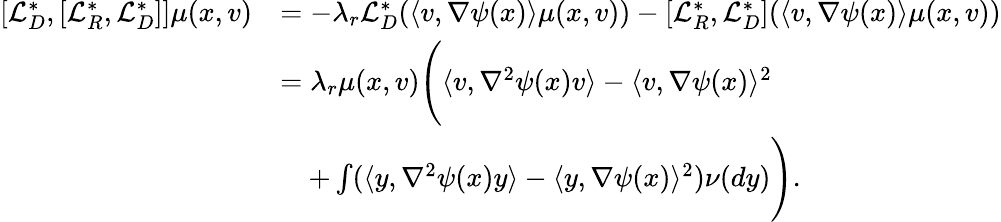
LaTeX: \begin{array}{rl}{[\mathcal{L}_{D}^{*},[\mathcal{L}_{R}^{*},\mathcal{L}_{D}^{*}]]\mu(x,v)}&{=-\lambda_{r}\mathcal{L}_{D}^{*}(\langle v,\nabla\psi(x)\rangle\mu(x,v))-[\mathcal{L}_{R}^{*},\mathcal{L}_{D}^{*}](\langle v,\nabla\psi(x)\rangle\mu(x,v))}\\ &{=\lambda_{r}\mu(x,v)\Bigg(\langle v,\nabla^{2}\psi(x)v\rangle-\langle v,\nabla\psi(x)\rangle^{2}}\\ &{\quad+\int(\langle y,\nabla^{2}\psi(x)y\rangle-\langle y,\nabla\psi(x)\rangle^{2})\nu(dy)\Bigg).}\end{array}